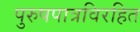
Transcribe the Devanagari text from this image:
पुरुषपात्रविरहित